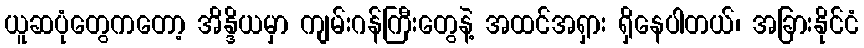
ယူဆပုံတွေကတော့ အိန္ဒိယမှာ ကျမ်းဂန်ကြီးတွေနဲ့ အထင်အရှား ရှိနေပါတယ်၊ အခြားနိုင်ငံ